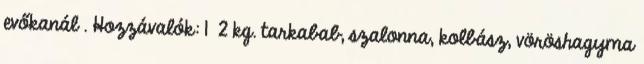
evőkanál . Hozzávalók: 1 2 kg. tarkabab, szalonna, kolbász, vöröshagyma